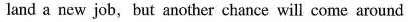
land a new job, but another chance will come around